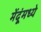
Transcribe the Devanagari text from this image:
मेंदूंमध्ये